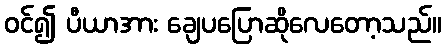
ဝင်၍ ပီယာအား ချေပပြောဆိုလေတော့သည်။